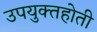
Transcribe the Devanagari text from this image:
उपयुक्तहोती